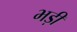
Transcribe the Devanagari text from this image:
भड़ी